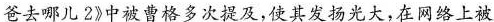
爸去哪儿2》中被曹格多次提及，使其发扬光大，在网络上被